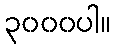
၃၀၀၀ပါ။